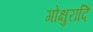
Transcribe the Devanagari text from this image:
गोक्षुरादि